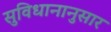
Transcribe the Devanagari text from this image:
सुविधानानुसार